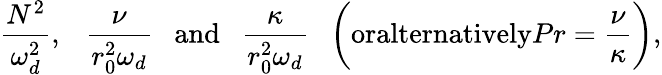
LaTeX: \frac{N^{2}}{\omega_{d}^{2}},~~~\frac{\nu}{r_{0}^{2}\omega_{d}}~~~\textrm{and}~~~\frac{\kappa}{r_{0}^{2}\omega_{d}}~~~\bigg(\textrm{oralternatively}Pr=\frac{\nu}{\kappa}\bigg),